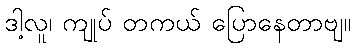
ဒါ့လူ၊ ကျုပ် တကယ် ပြောနေတာဗျ။